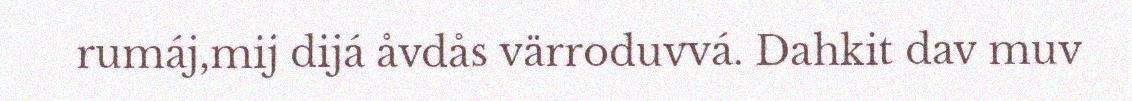
rumáj,mij dijá åvdås värroduvvá. Dahkit dav muv